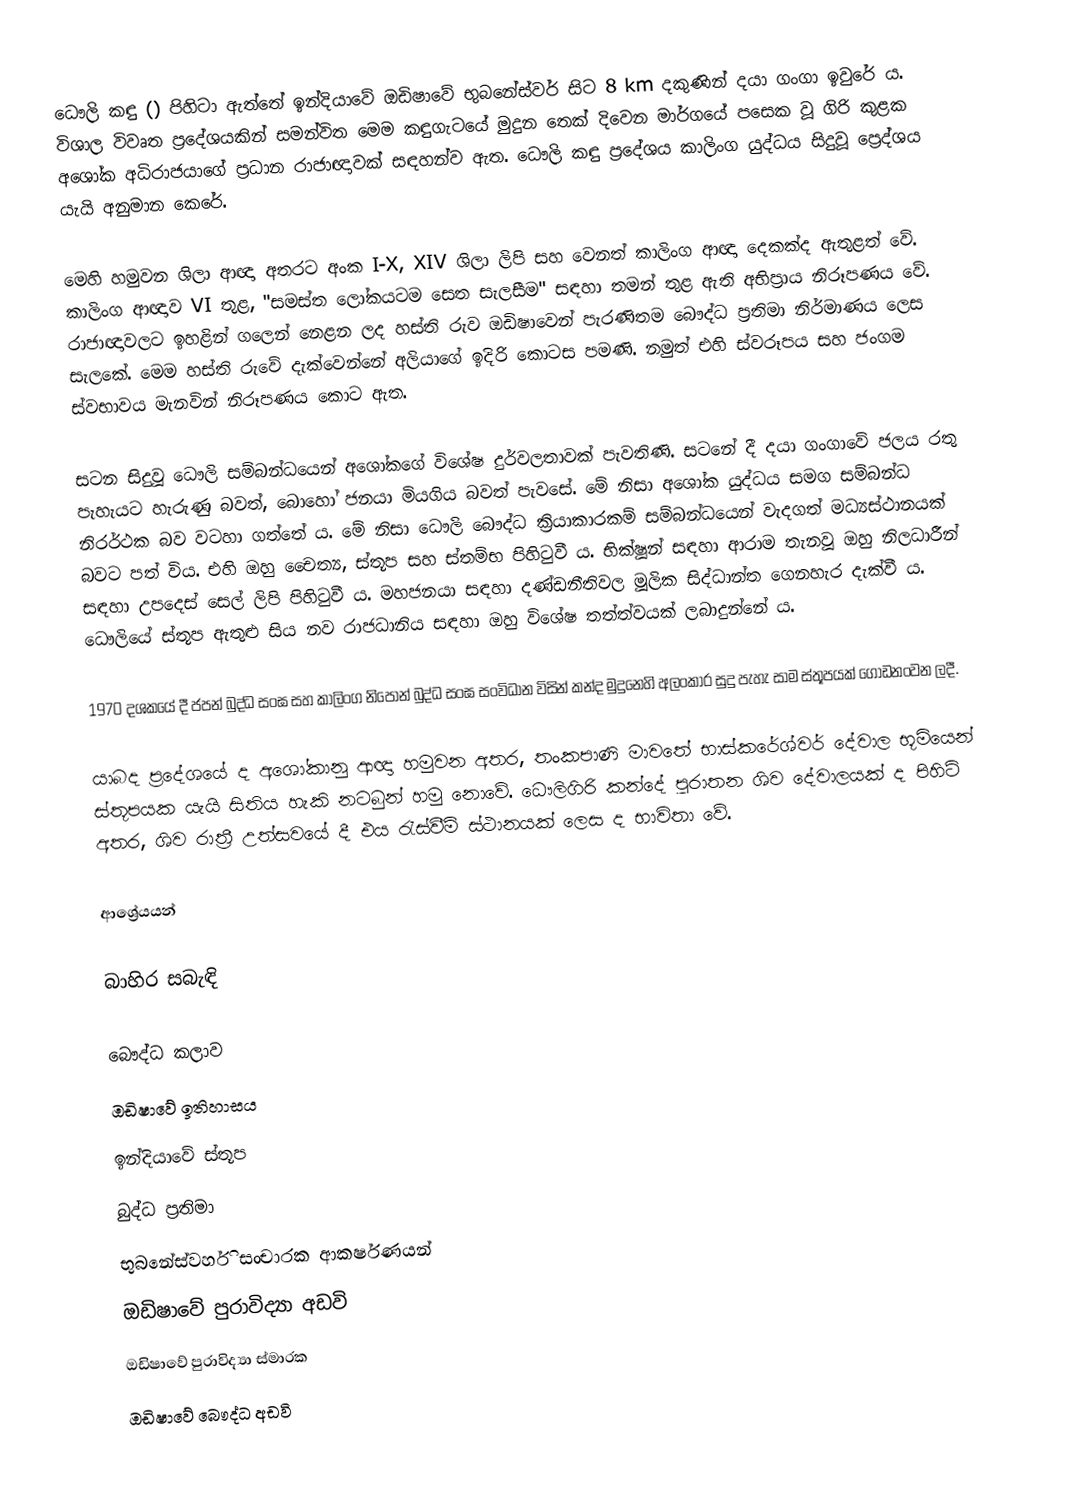
ධෞලි කඳු () පිහිටා ඇත්තේ ඉන්දියාවේ ඔඩිෂාවේ භුබනේස්වර් සිට 8 km දකුණින් දයා ගංගා ඉවුරේ ය. විශාල විවෘත ප්‍රදේශයකින් සමන්විත මෙම කඳුගැටයේ මුදුන තෙක් දිවෙන මාර්ගයේ පසෙක වූ ගිරි කුළක අශෝක අධිරාජයාගේ ප්‍රධාන රාජාඥාවක් සඳහන්ව ඇත. ධෞලි කඳු ප්‍රදේශය කාලිංග යුද්ධය සිදුවූ ප්‍රෙද්ශය යැයි අනුමාන කෙරේ.

මෙහි හමුවන ශිලා ආඥා අතරට අංක I-X, XIV ශිලා ලිපි සහ වෙනත් කාලිංග ආඥා දෙකක්ද ඇතුළත් වේ. කාලිංග ආඥාව VI තුළ, "සමස්ත ලෝකයටම සෙත සැලසීම" සඳහා තමන් තුළ ඇති අභිප්‍රාය නිරූපණය වේ. රාජාඥාවලට ඉහළින් ගලෙන් නෙළන ලද හස්ති රුව ඔඩිෂාවෙන් පැරණිතම බෞද්ධ ප්‍රතිමා නිර්මාණය ලෙස සැලකේ. මෙම හස්ති රුවේ දැක්වෙන්නේ අලියාගේ ඉදිරි කොටස පමණි. නමුත් එහි ස්වරූපය සහ ජංගම ස්වභාවය මැනවින් නිරූපණය කොට ඇත.

සටන සිදුවූ ධෞලි සම්බන්ධයෙන් අශෝකගේ විශේෂ දුර්වලතාවක් පැවතිණි. සටනේ දී දයා ගංගාවේ ජලය රතු පැහැයට හැරුණු බවත්, බොහෝ ජනයා මියගිය බවත් පැවසේ. මේ නිසා අශෝක යුද්ධය සමග සම්බන්ධ නිරර්ථක බව වටහා ගත්තේ ය. මේ නිසා ධෞලි බෞද්ධ ක්‍රියාකාරකම් සම්බන්ධයෙන් වැදගත් මධ්‍යස්ථානයක් බවට පත් විය. එහි ඔහු චෛත්‍ය, ස්තූප සහ ස්තම්භ පිහිටුවී ය. භික්ෂූන් සඳහා ආරාම තැනවූ ඔහු නිලධාරීන් සඳහා උපදෙස් සෙල් ලිපි පිහිටුවී ය. මහජනයා සඳහා දණ්ඩනීතිවල මූලික සිද්ධාන්ත ගෙනහැර දැක්වී ය. ධෞලියේ ස්තූප ඇතුළු සිය නව රාජධානිය සඳහා ඔහු විශේෂ තත්ත්වයක් ලබාදුන්නේ ය.

1970 දශකයේ දී ජපන් බුද්ධ සංඝ සහ කාලිංග නිපොන් බුද්ධ සංඝ සංවිධාන විසින් කන්ද මුදුනෙහි අලංකාර සුදු පැහැ සාම ස්තූපයක් ගොඩනංවන ලදී.

යාබද ප්‍රදේශයේ ද අශෝකානු ආඥා හමුවන අතර, තංකපාණි මාවතේ භාස්කරේශ්වර් දේවාල භූමියෙන් ස්තූපයක යැයි සිතිය හැකි නටබුන් හමු නොවේ. ධෞලිගිරි කන්දේ පුරාතන ශිව දේවාලයක් ද පිහිටි අතර, ශිව රාත්‍රී උත්සවයේ දී එය රැස්වීම් ස්ථානයක් ලෙස ද භාවිතා වේ.

ආශ්‍රේයයන්

බාහිර සබැඳි

බෞද්ධ කලාව
ඔඩිෂාවේ ඉතිහාසය
ඉන්දියාවේ ස්තූප
බුද්ධ ප්‍රතිමා
භුබනේස්වර්හි සංචාරක ආකර්ෂණයන්
ඔඩිෂාවේ පුරාවිද්‍යා අඩවි
ඔඩිෂාවේ පුරාවිද්‍යා ස්මාරක
ඔඩිෂාවේ බෞද්ධ අඩවි